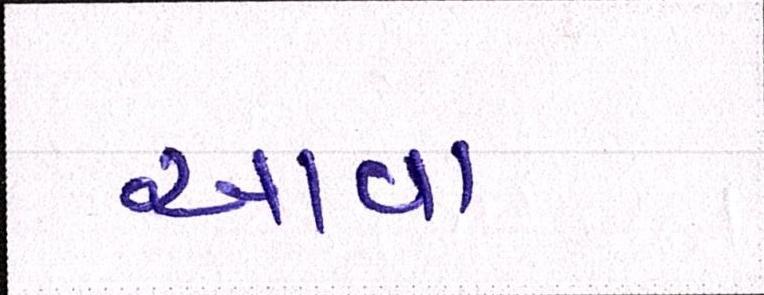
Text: આવા